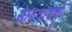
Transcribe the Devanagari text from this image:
साठवायचे